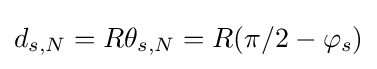
d_{s,N}=R\theta _{s,N}=R(\pi /2-\varphi _{s})